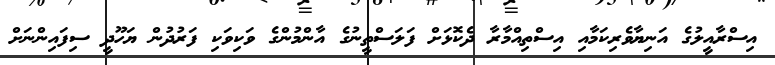
އިސްރާއީލުގެ އަނިޔާވެރިކަމާއި އިސްތިއްމާރާ ދެކޮޅަށް ފަލަސްތީނުގެ އާންމުންގެ ވަކިވަކި ފަރުދުން ޔަހޫދީ ސިފައިންނަށް